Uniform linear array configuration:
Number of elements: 4
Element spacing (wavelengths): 0.25
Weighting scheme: uniform
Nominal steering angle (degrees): -15
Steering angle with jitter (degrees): -15.86
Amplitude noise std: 0.05
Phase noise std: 0.05

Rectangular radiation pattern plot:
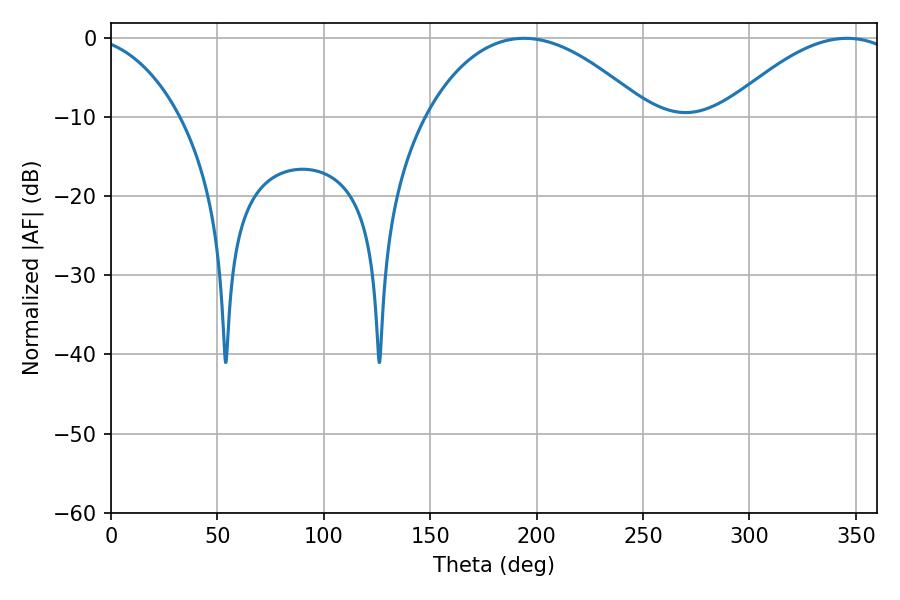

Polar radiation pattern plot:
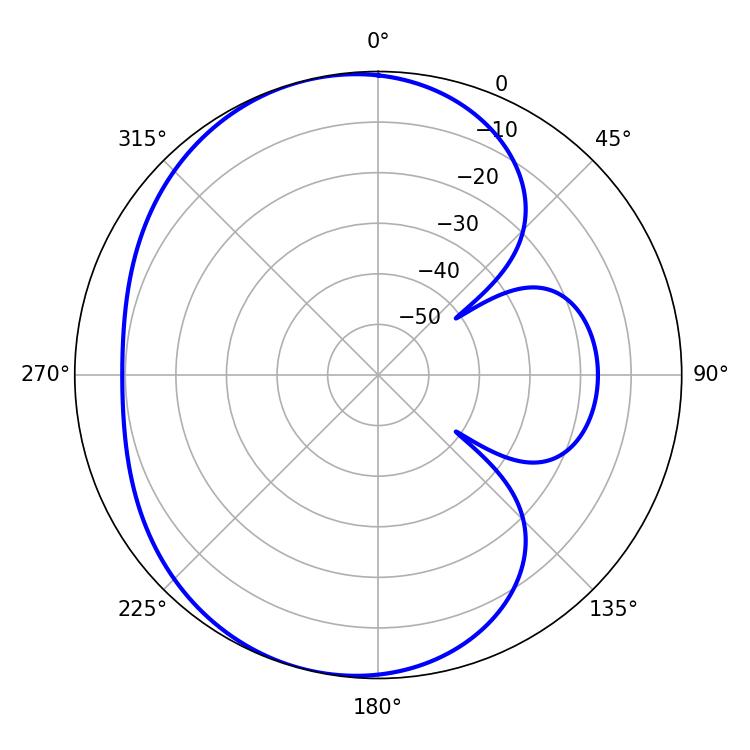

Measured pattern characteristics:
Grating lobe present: FALSE
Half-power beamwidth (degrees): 45.18
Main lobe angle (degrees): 345.96